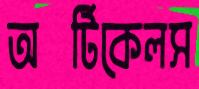
অর্টিকেলস